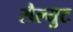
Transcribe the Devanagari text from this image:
सैल्युट